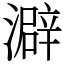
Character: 澼